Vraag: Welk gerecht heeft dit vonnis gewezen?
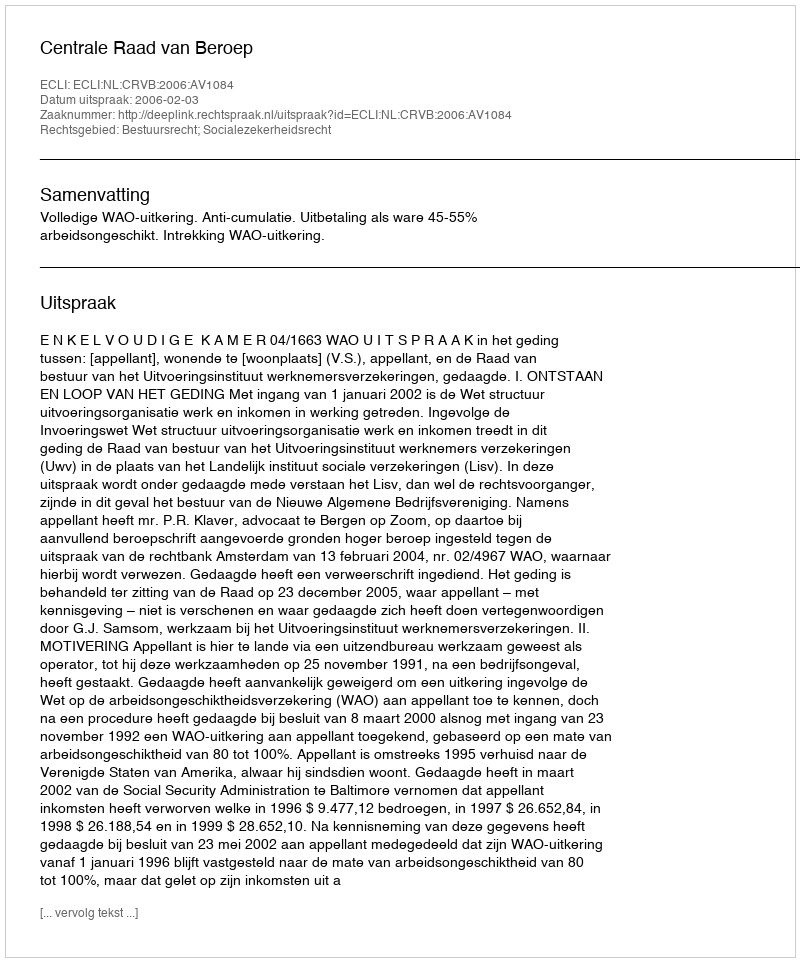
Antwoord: Centrale Raad van Beroep